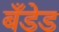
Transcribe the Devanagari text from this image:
बँडेड